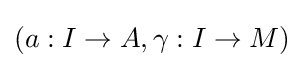
(a:I\to A,\gamma :I\to M)